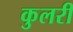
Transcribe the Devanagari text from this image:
कुलरी